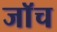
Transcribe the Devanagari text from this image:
जाॅच